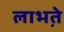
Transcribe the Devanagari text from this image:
लाभते़